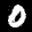
Label: 0